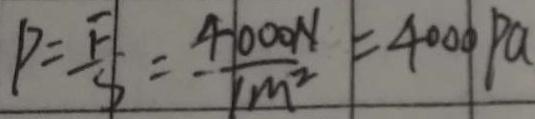
P = \frac { F } { S } = \frac { 4 0 0 0 N } { 1 m ^ { 2 } } = 4 0 0 0 P a